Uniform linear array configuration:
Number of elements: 12
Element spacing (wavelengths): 0.25
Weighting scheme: hann
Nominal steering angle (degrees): -60
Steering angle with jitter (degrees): -59.619
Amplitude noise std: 0.05
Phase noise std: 0.05

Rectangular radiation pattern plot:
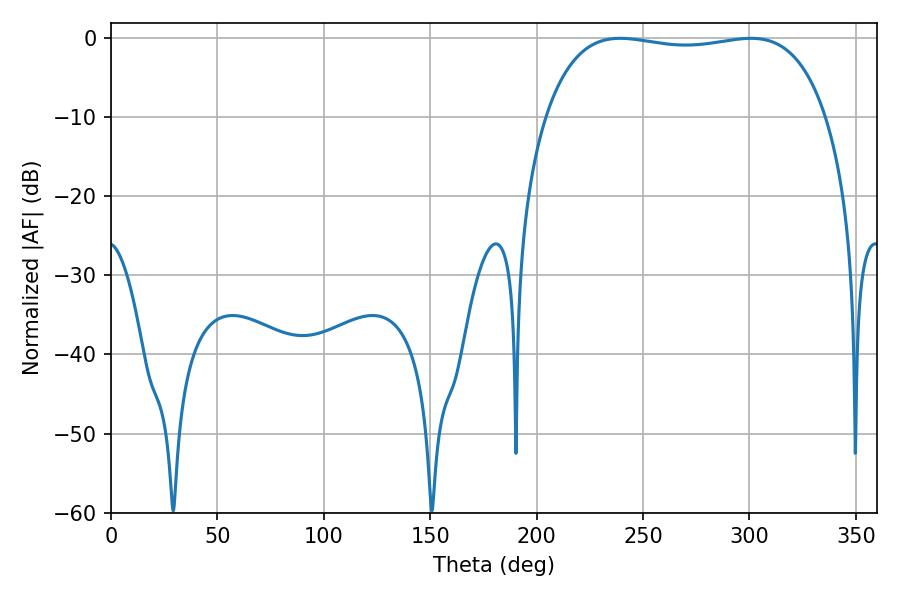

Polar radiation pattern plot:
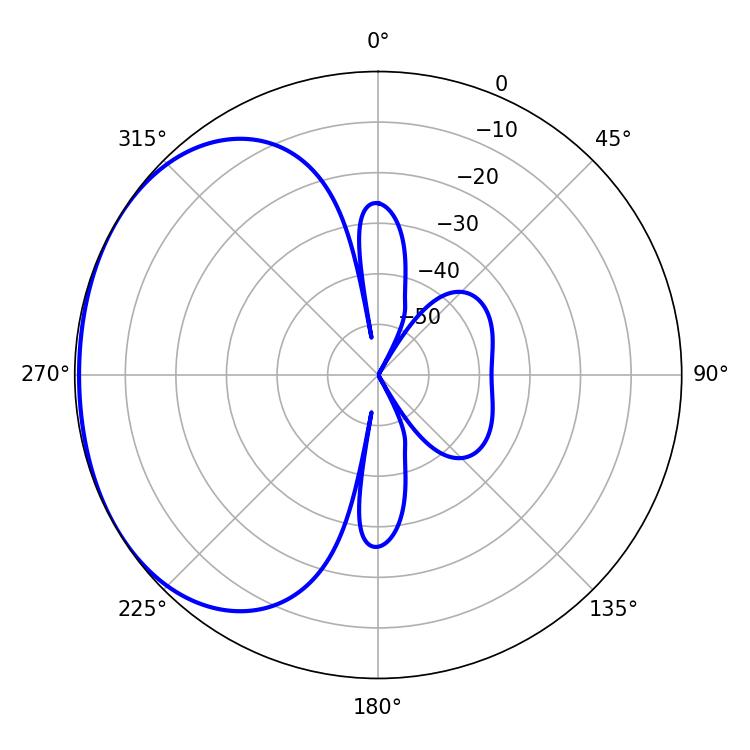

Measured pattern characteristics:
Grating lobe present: FALSE
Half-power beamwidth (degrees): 105.84
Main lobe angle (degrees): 239.22